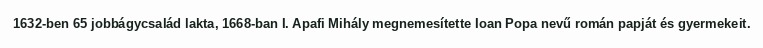
1632-ben 65 jobbágycsalád lakta, 1668-ban I. Apafi Mihály megnemesítette Ioan Popa nevű román papját és gyermekeit.